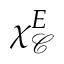
\chi _ { \mathcal { C } } ^ { E }